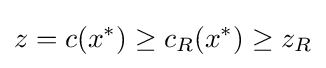
z=c(x^{*})\geq c_{R}(x^{*})\geq z_{R}